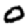
Digit: 0